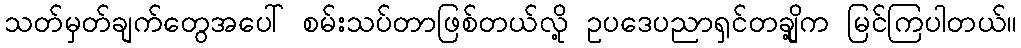
သတ်မှတ်ချက်တွေအပေါ် စမ်းသပ်တာဖြစ်တယ်လို့ ဥပဒေပညာရှင်တချို့က မြင်ကြပါတယ်။